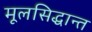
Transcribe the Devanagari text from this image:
मूलसिद्धान्त